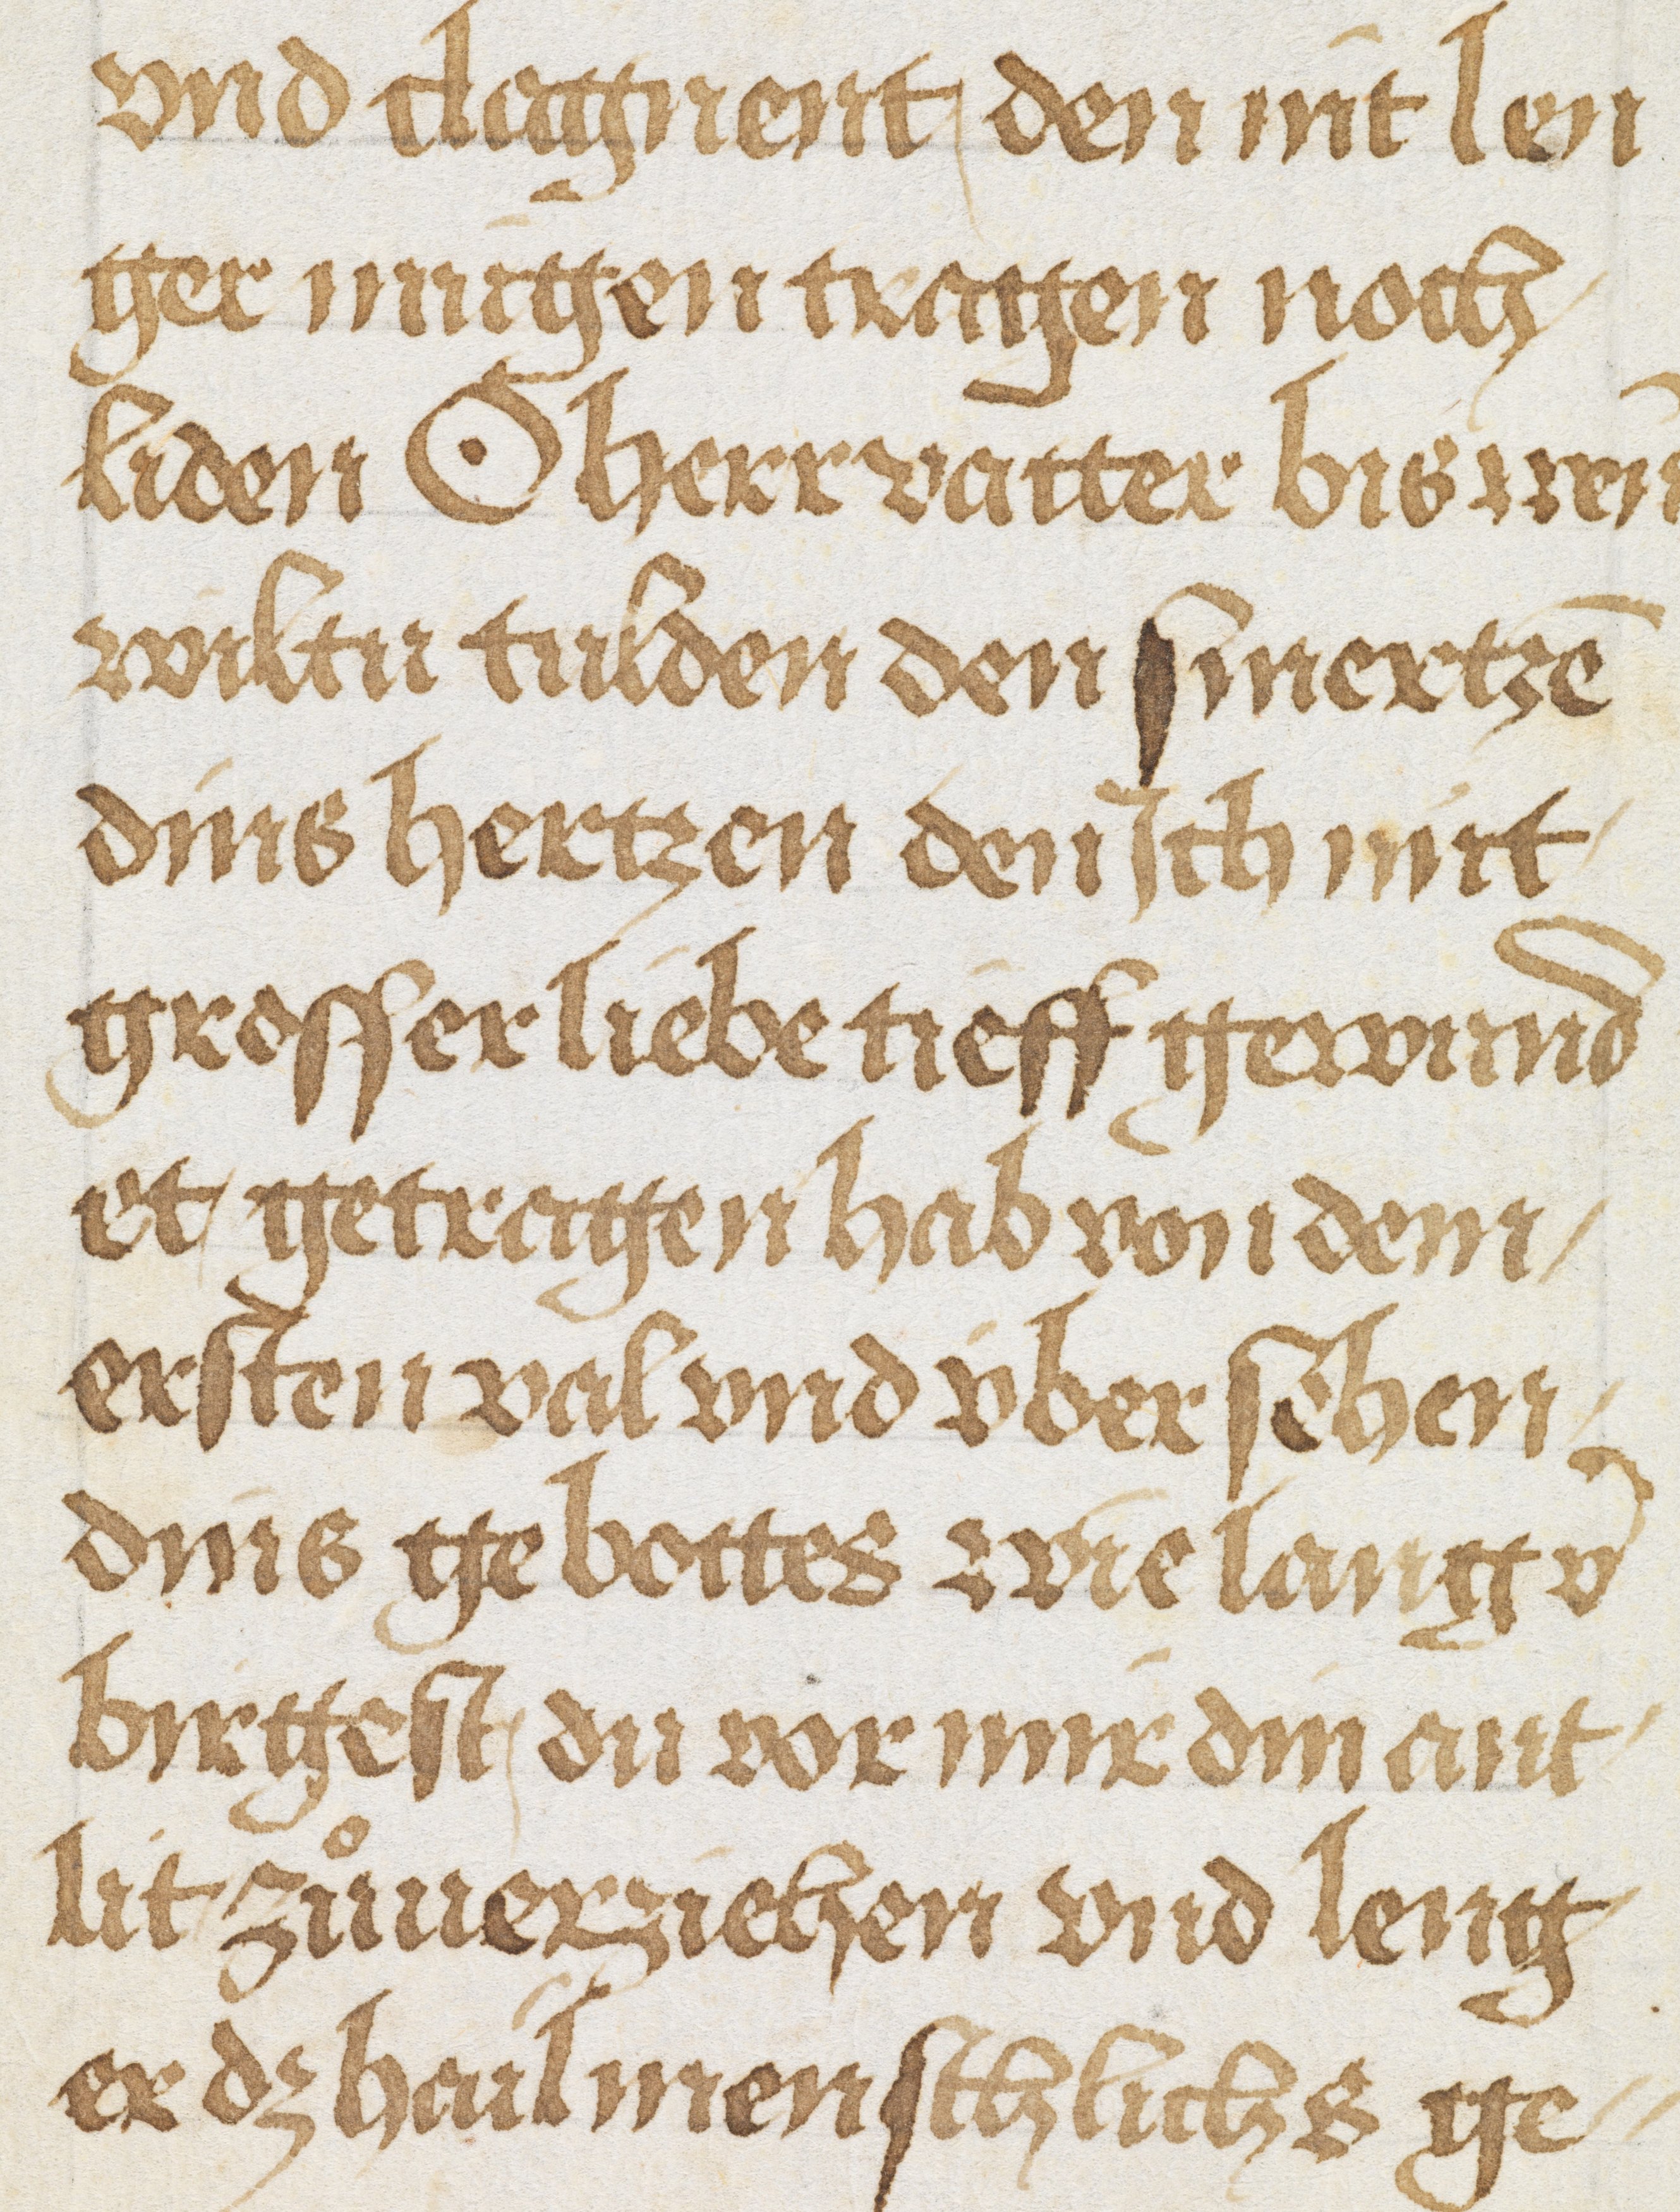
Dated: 1500–1524